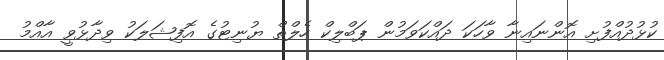
ކުޅުދުއްފުށި އޮންނައިނާ ވާހަކަ ދައްކަވަމުން ޕަބްލިކް ހެލްތް ޔުނިޓުގެ އޮފިޝަލަކު ވިދާޅުވީ އާއްމު